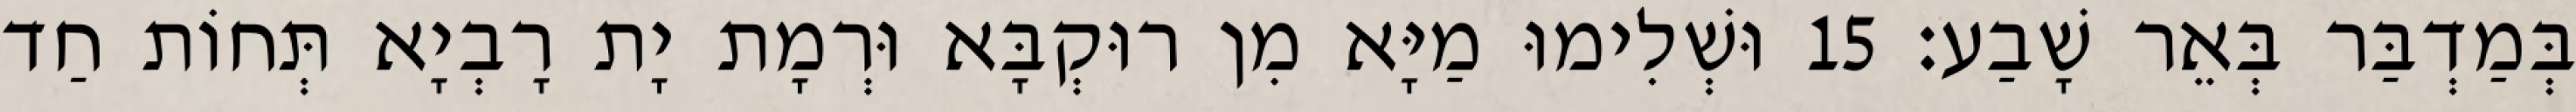
בְּמַדְבַּר בְּאֵר שָׁבַע׃ 15 וּשְׁלִימוּ מַיָּא מִן רוּקְבָּא וּרְמָת יָת רָבְיָא תְּחוֹת חַד